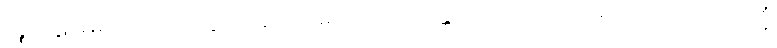
ဂိဇ္ဈကုဋ်အမည်ရှိသော။ ပဗ္ဗတာ၊ တောင်မှ။ ဩရောဟန္တော၊ သက်ဆင်းသည်ရှိသော်။ အညတရိသ္မိံ၊